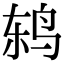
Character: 鸫